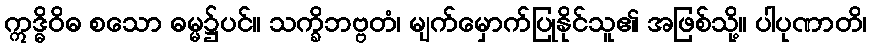
ဣဒ္ဓိဝိဓ စသော ဓမ္မ၌ပင်။ သက္ခိဘဗ္ဗတံ၊ မျက်မှောက်ပြုနိုင်သူ၏ အဖြစ်သို့။ ပါပုဏာတိ၊